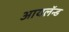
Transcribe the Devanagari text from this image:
आयलॅन्ड